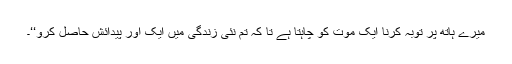
میرے ہاتھ پر توبہ کرنا ایک موت کو چاہتا ہے تا کہ تم نئی زندگی میں ایک اور پیدائش حاصل کرو‘‘۔